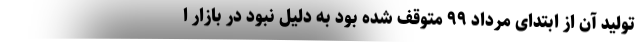
تولید آن از ابتدای مرداد ۹۹ متوقف شده بود به دلیل نبود در بازار ا